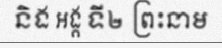
និង អង្គ ទី២ ព្រះនាម